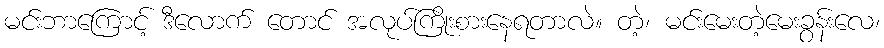
မင်းဘာကြောင့် ဒီလောက် တောင် အလုပ်ကြိုးစားနေရတာလဲ။ တဲ့၊ မင်းမေးတဲ့မေးခွန်းလေ၊